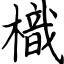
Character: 樴